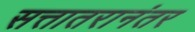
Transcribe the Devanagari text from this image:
सत्तातरानंतर